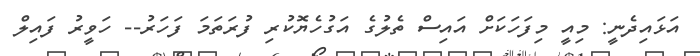
އަޅައިދެނީ: މިއީ މިފަހަކަށް އައިސް ތެލުގެ އަގުހެޔޮކުރި ފުރަތަމަ ފަހަރު-- ހަވީރު ފައިލް